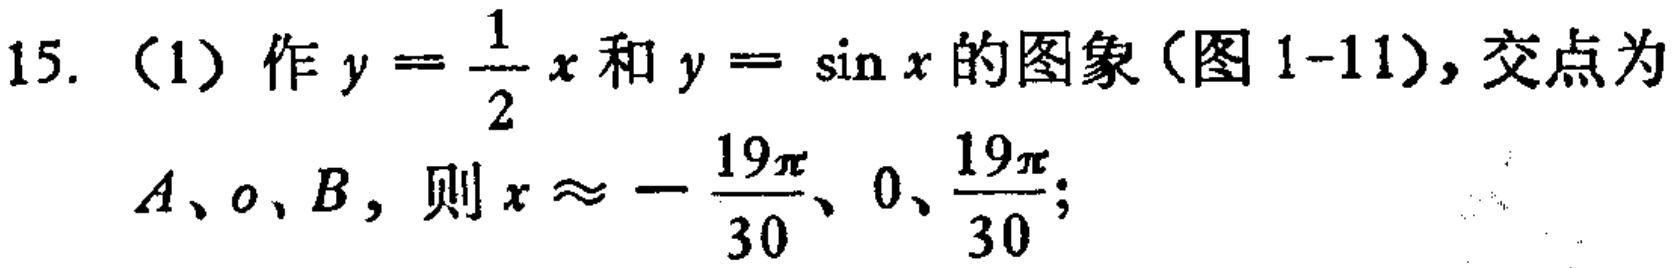
15. (1) 作$y = \frac{1}{2}x$和$y = \sin x$的图象（图1-11），交点为

$A、o、B$，则$x \approx - \frac{19\pi}{30}、0、\frac{19\pi}{30}$；